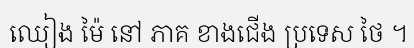
ឈៀង ម៉ៃ នៅ ភាគ ខាងជើង ប្រទេស ថៃ ។